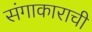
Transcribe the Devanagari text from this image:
संगाकाराची